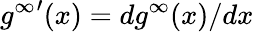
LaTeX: {g^{\infty}}^{\prime}(x)=dg^{\infty}(x)/dx